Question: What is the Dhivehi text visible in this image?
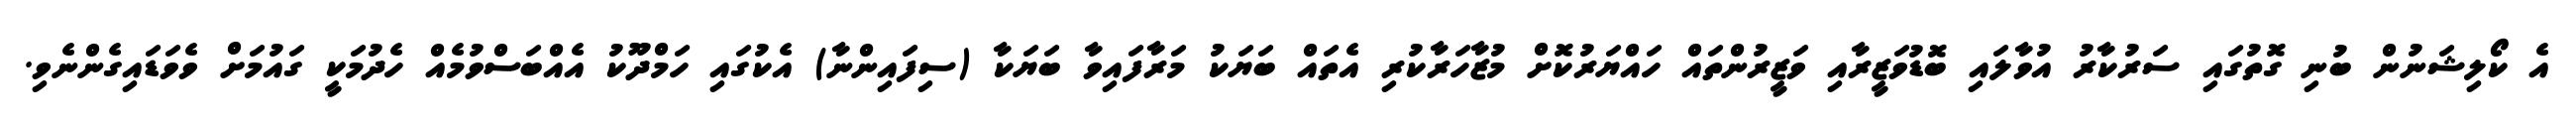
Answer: އެ ކޯލިޝަނުން ބުނި ގޮތުގައި ސަރުކާރު އުވާލައި ބޮޑުވަޒީރާއި ވަޒީރުންތައް ހައްޔަރުކޮށް މުޒާހަރާކުރި އެތައް ބަޔަކު މަރާފައިވާ ބަޔަކާ (ސިފައިންނާ) އެކުގައި ހަމްދޫކު އެއްބަސްވުމެއް ހެދުމަކީ ގައުމަށް ވެވަޑައިގެންނެވި.